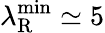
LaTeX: \lambda_{\mathrm{R}}^{\operatorname*{min}}\simeq 5